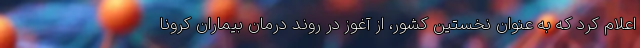
اعلام کرد که به عنوان نخستین کشور، از آغوز در روند درمان بیماران کرونا